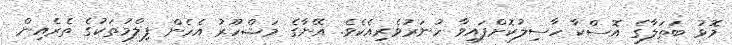
މޮޅު ބަތަލާގެ އޮސްކާ ހާސިލުކޮށްފައިވާ ހުނަރުވެރިއެކެވެ. އޭނާގެ މަޝްހޫރު އެހެން ފިލްމުތަކުގެ ތެރެއިން